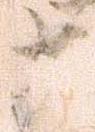
十